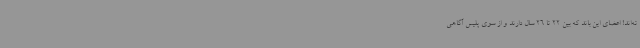
ته‌اند! اعضای این باند که بین 22 تا 26 سال دارند و از سوی پلیس آگاهی